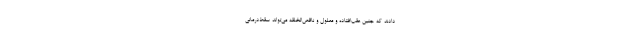
دادند که جنین عقب‌افتاده و معلول و ناقص‌الخلقه می‌تواند سقط‌درمانی